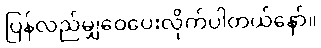
ပြန်လည်မျှဝေပေးလိုက်ပါတယ်နော်။